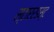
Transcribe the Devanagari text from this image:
स्टाररडस्ट